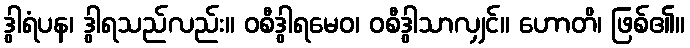
ဒွါရံပန၊ ဒွါရသည်လည်း။ ဝစီဒွါရမေဝ၊ ဝစီဒွါသာလျှင်။ ဟောတိ၊ ဖြစ်၏။